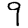
Digit: 9